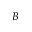
B